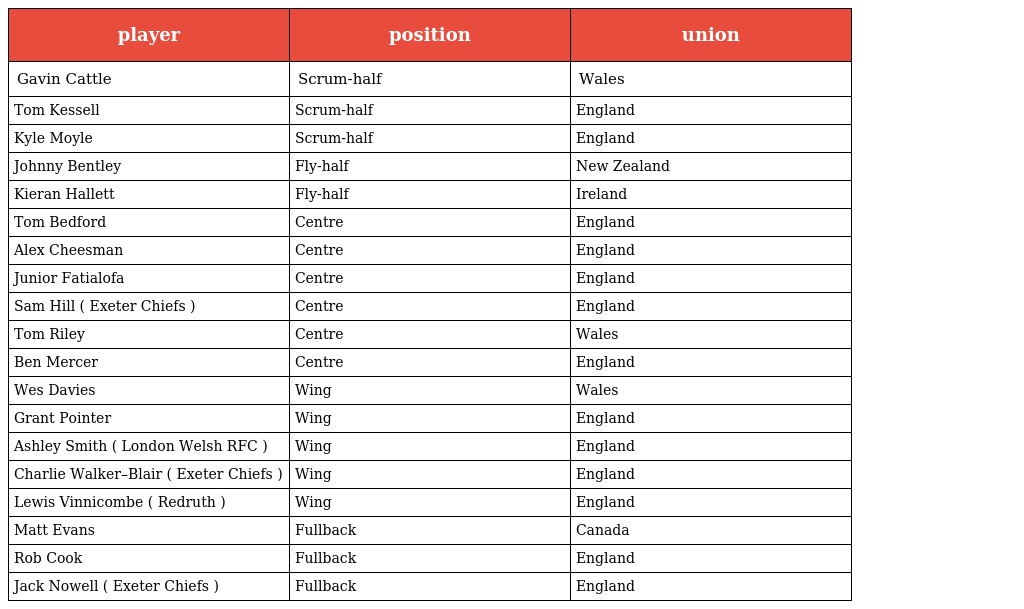
| player | position | union |
 | --- | --- | --- |
 | Gavin Cattle | Scrum-half | Wales |
 | Tom Kessell | Scrum-half | England |
 | Kyle Moyle | Scrum-half | England |
 | Johnny Bentley | Fly-half | New Zealand |
 | Kieran Hallett | Fly-half | Ireland |
 | Tom Bedford | Centre | England |
 | Alex Cheesman | Centre | England |
 | Junior Fatialofa | Centre | England |
 | Sam Hill ( Exeter Chiefs ) | Centre | England |
 | Tom Riley | Centre | Wales |
 | Ben Mercer | Centre | England |
 | Wes Davies | Wing | Wales |
 | Grant Pointer | Wing | England |
 | Ashley Smith ( London Welsh RFC ) | Wing | England |
 | Charlie Walker–Blair ( Exeter Chiefs ) | Wing | England |
 | Lewis Vinnicombe ( Redruth ) | Wing | England |
 | Matt Evans | Fullback | Canada |
 | Rob Cook | Fullback | England |
 | Jack Nowell ( Exeter Chiefs ) | Fullback | England |